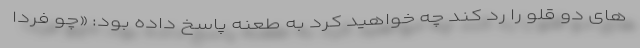
های دو قلو را رد کند چه خواهید کرد به طعنه پاسخ داده بود: «چو فردا